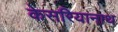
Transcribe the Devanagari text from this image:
केसरियानाथ